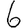
Digit: 6